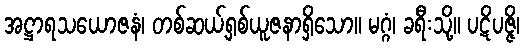
အဋ္ဌာရသယောဇနံ၊ တစ်ဆယ့်ရှစ်ယူဇနာရှိသော။ မဂ္ဂံ၊ ခရီးသို့။ ပဋိပဇ္ဇိ၊